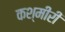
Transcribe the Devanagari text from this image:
कश्‍मीरी